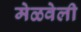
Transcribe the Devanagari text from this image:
मेळवेली